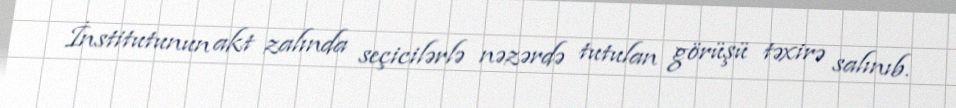
İnstitutunun akt zalında seçicilərlə nəzərdə tutulan görüşü təxirə salınıb.